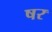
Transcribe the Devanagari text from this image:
षर